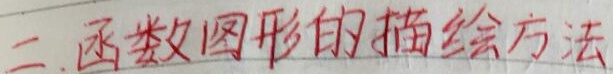
二. 函数图形的描绘方法